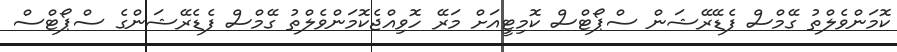
ކޮމަންވެލްތު ގޭމްސް ފެޑޭރޭޝަން ސްޕޯޓްސް ކޮމިޓީއަށް މަރޭ ހޮވިއްޖެކޮމަންވެލްތު ގޭމްސް ފެޑެރޭޝަންގެ ސްޕޯޓްސް